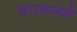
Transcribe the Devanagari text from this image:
चारभागमे